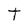
Character: T